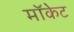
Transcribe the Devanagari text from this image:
मॉकेट